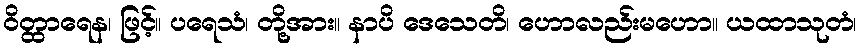
ဝိတ္ထာရေန၊ ဖြင့်။ ပရေသံ၊ တို့အား။ နာပိ ဒေသေတိ၊ ဟောလည်းမဟော။ ယထာသုတံ၊